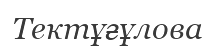
Тектұғұлова